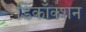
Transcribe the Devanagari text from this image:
डिकॉक्शन